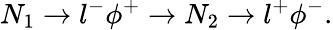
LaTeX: N_{1}\to l^{-}\phi^{+}\to N_{2}\to l^{+}\phi^{-}.